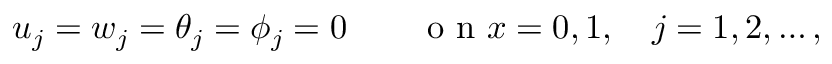
u _ { j } = w _ { j } = \theta _ { j } = \phi _ { j } = 0 \qquad \mathrm { ~ o ~ n ~ } x = 0 , 1 , \quad j = 1 , 2 , \dots ,